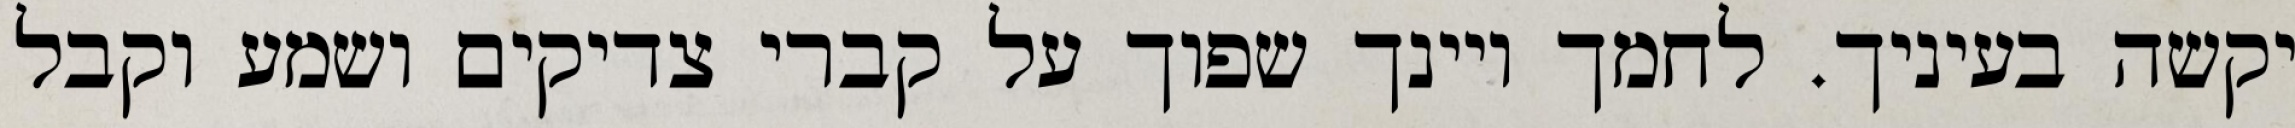
יקשה בעיניך. לחמך ויינך שפוך על קברי צדיקים ושמע וקבל